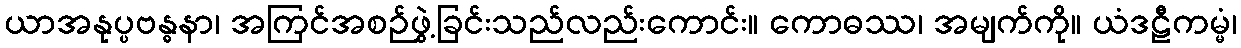
ယာအနုပ္ပဗန္ဓနာ၊ အကြင်အစဉ်ဖွဲ့ခြင်းသည်လည်းကောင်း။ ကောဓဿ၊ အမျက်ကို။ ယံဒဠီကမ္မံ၊